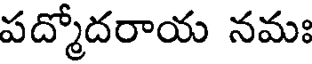
పద్మోదరాయ నమః